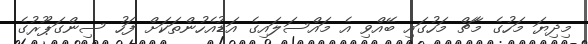
މިިދިޔަ މަހުގެ މާޗް މަހުގައި ބޭއްވި އެ މައްސަލައިގެ އަޑުއެހުންތަކަށް ފަހު ސިންގަޕޫރުގެ